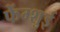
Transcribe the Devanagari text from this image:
फेंग्शुई